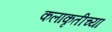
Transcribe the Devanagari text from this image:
कलाकृतीच्या